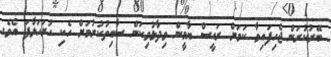
ބޭރުކުރަން ޖެހިފައިވާ ކަމަށް ރައީސް ޔާމީން ވިދާޅުވިކަން ސާބިތުކުރުމަށް ހެކި ހުށަހަޅާފަ އެވެ.